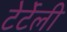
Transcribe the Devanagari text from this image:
टेर्टेली